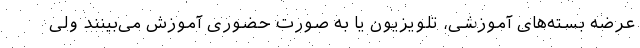
عرضه بسته‌های آموزشی، تلویزیون یا به صورت حضوری آموزش می‌بینند ولی